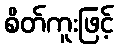
စိတ်ကူးဖြင့်